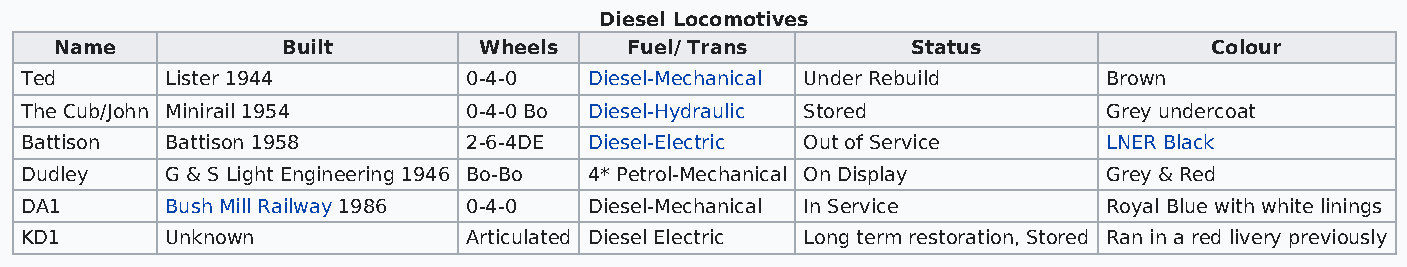
Diesel Locomotives
 Name           Built        Wheels   Fuel/ Trans        Status              Colour
 Ted       Lister 1944         0-4-0   Diesel-Mechanical Under Rebuild   Brown
 The Cub/John Minirail 1954    0-4-0 Bo Diesel-Hydraulic Stored          Grey undercoat
 Battison  Battison 1958       2-6-4DE Diesel-Electric Out of Service    LNER Black
 Dudley    G & S Light Engineering 1946 Bo-Bo 4* Petrol-Mechanical On Display Grey & Red
 DA1       Bush Mill Railway 1986 0-4-0 Diesel-Mechanical In Service     Royal Blue with white linings
 KD1       Unknown             Articulated Diesel Electric Long term restoration, Stored Ran in a red livery previously